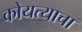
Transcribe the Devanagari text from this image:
कोयत्याचा